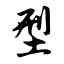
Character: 型